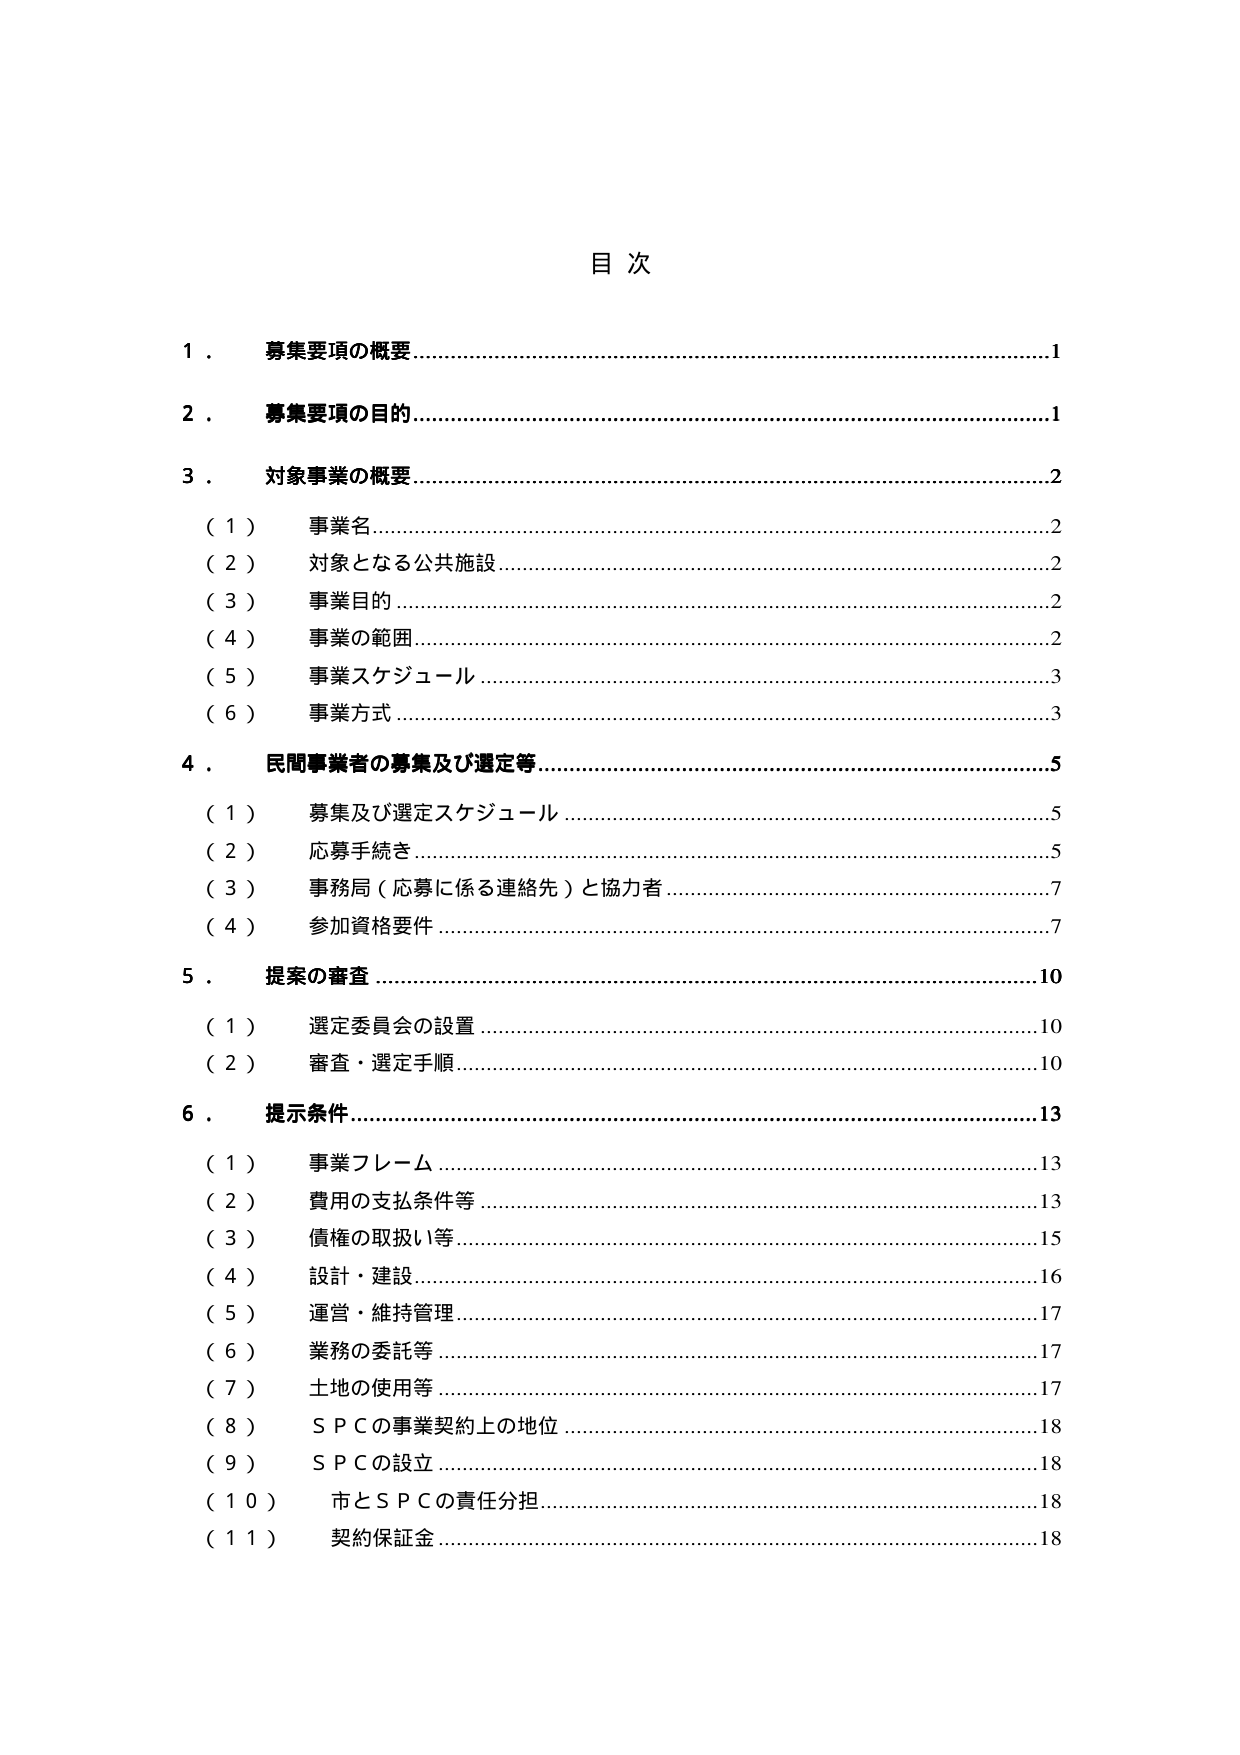
目次

1．募集要項の概要………………………………………………………………………1
2．募集要項の目的………………………………………………………………………1
3．対象事業の概要………………………………………………………………………2
　（1）事業名……………………………………………………………………………2
　（2）対象となる公共施設……………………………………………………………2
　（3）事業目的…………………………………………………………………………2
　（4）事業の範囲………………………………………………………………………2
　（5）事業スケジュール………………………………………………………………3
　（6）事業方式…………………………………………………………………………3
4．民間事業者の募集及び選定等………………………………………………………5
　（1）募集及び選定スケジュール……………………………………………………5
　（2）応募手続き………………………………………………………………………5
　（3）事務局（応募に係る連絡先）と協力者………………………………………7
　（4）参加資格要件……………………………………………………………………7
5．提案の審査…………………………………………………………………………10
　（1）選定委員会の設置………………………………………………………………10
　（2）審査・選定手順…………………………………………………………………10
6．提示条件……………………………………………………………………………13
　（1）事業フレーム……………………………………………………………………13
　（2）費用の支払条件等………………………………………………………………13
　（3）債権の取扱い等…………………………………………………………………15
　（4）設計・建設………………………………………………………………………16
　（5）運営・維持管理…………………………………………………………………17
　（6）業務の委託等……………………………………………………………………17
　（7）土地の使用等……………………………………………………………………17
　（8）ＳＰＣの事業契約上の地位……………………………………………………18
　（9）ＳＰＣの設立……………………………………………………………………18
　（10）市とＳＰＣの責任分担…………………………………………………………18
　（11）契約保証金………………………………………………………………………18